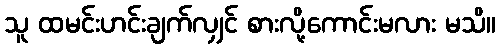
သူ ထမင်းဟင်းချက်လျှင် စားလို့ကောင်းမလား မသိ။